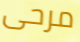
مرحى